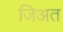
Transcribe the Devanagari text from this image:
जिअत